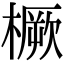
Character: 橛